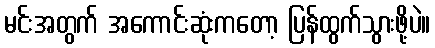
မင်းအတွက် အကောင်းဆုံးကတော့ ပြန်ထွက်သွားဖို့ပဲ။